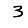
Digit: 3